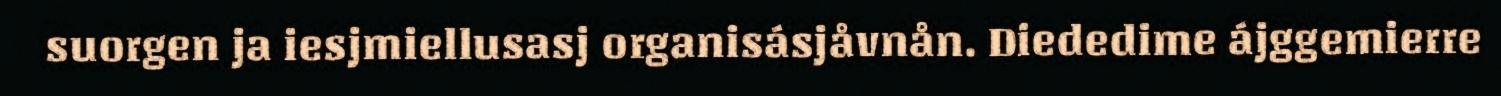
suorgen ja iesjmiellusasj organisásjåvnån. Diededime ájggemierre